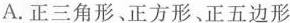
A.正三角形、正方形、正五边形